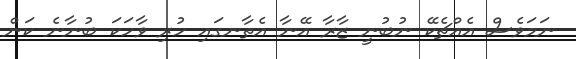
ނަމަވެސް އެއްޗެކޭ ނުބުނީ ޒާރާ އޭނާ އެތާނގައި ހުރި ވާހަކަ ބުނާނެ ކަން